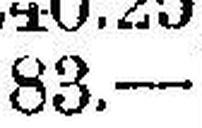
83.—